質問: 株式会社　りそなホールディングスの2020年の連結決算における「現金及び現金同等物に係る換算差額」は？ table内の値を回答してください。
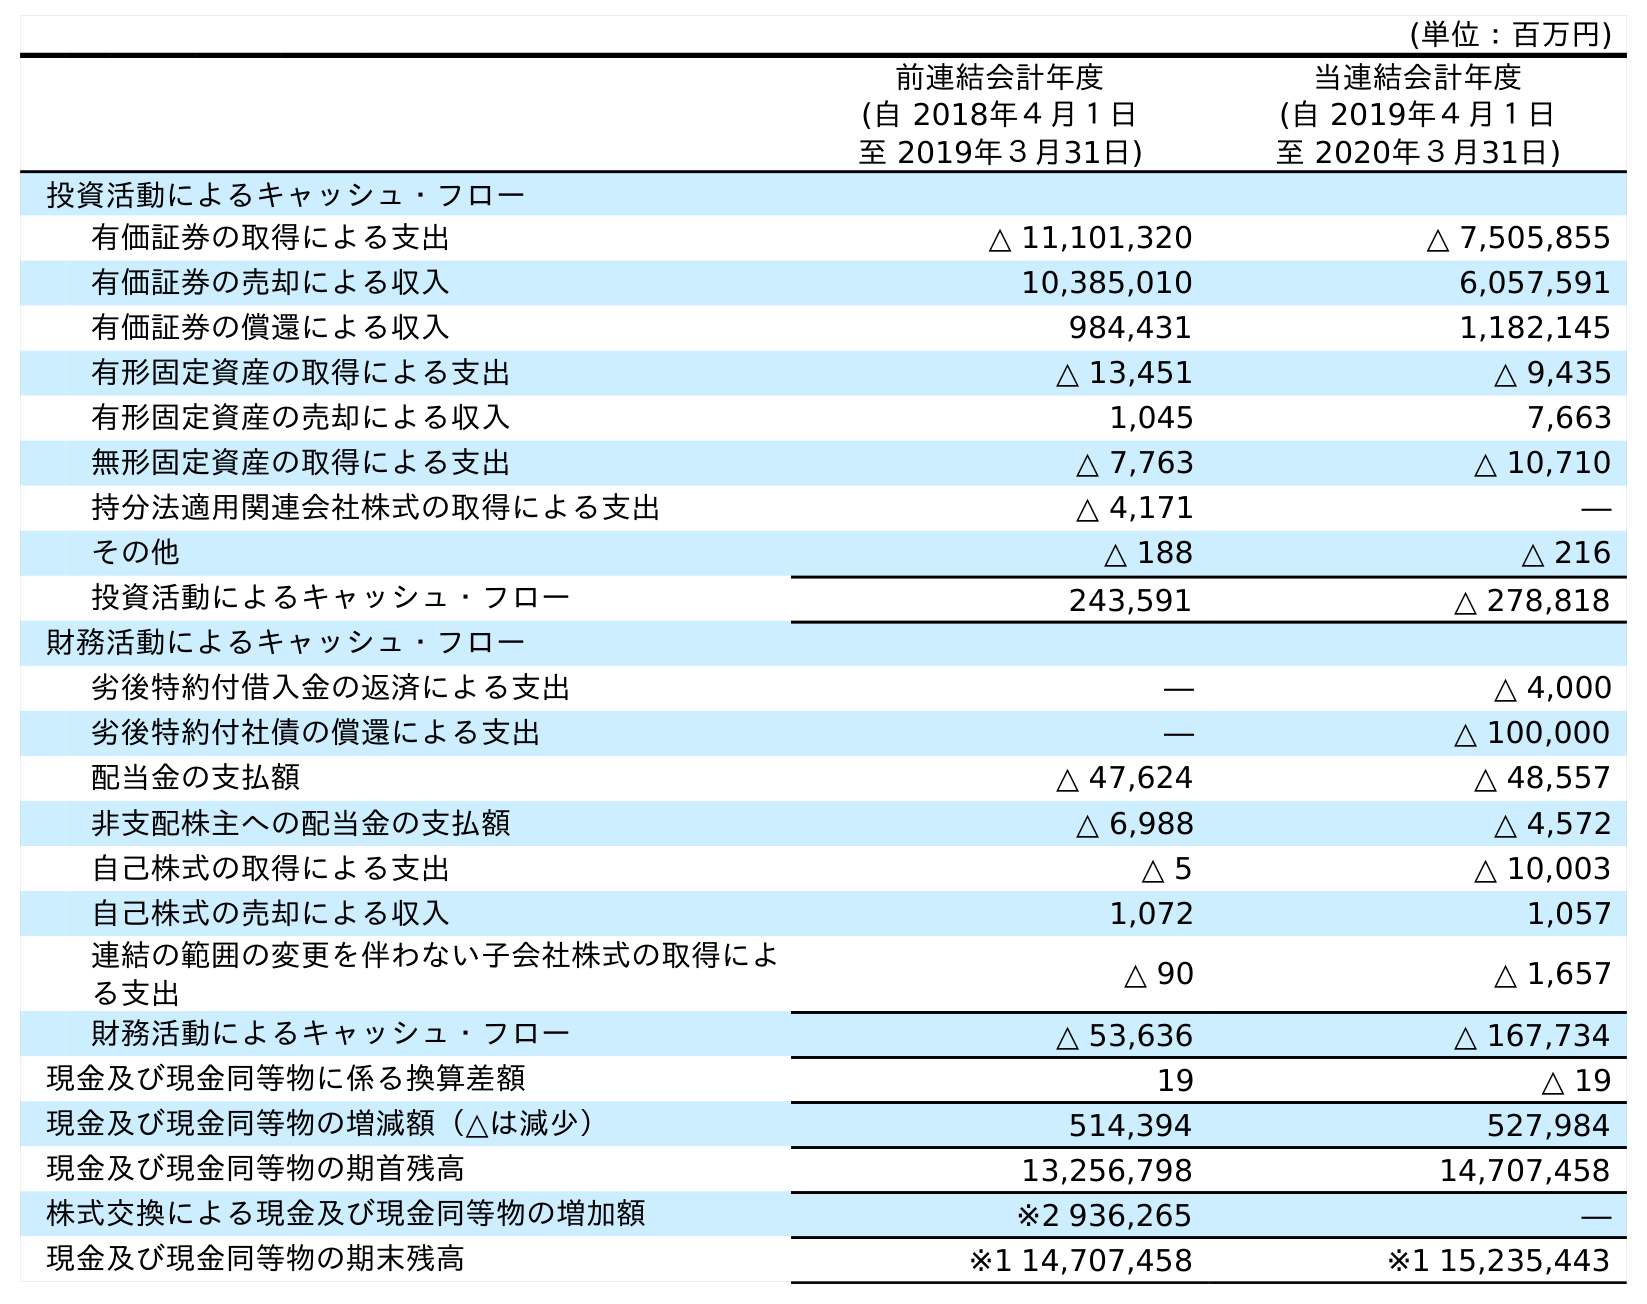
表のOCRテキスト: (単位：百万円) 前連結会計年度 (自 2018年４月１日 至 2019年３月31日) 当連結会計年度 (自 2019年４月１日 至 2020年３月31日) 投資活動によるキャッシュ・フロー 有価証券の取得による支出 △ 11,101,320 △ 7,505,855 有価証券の売却による収入 10,385,010 6,057,591 有価証券の償還による収入 984,431 1,182,145 有形固定資産の取得による支出 △ 13,451 △ 9,435 有形固定資産の売却による収入 1,045 7,663 無形固定資産の取得による支出 △ 7,763 △ 10,710 持分法適用関連会社株式の取得による支出 △ 4,171 ― その他 △ 188 △ 216 投資活動によるキャッシュ・フロー 243,591 △ 278,818 財務活動によるキャッシュ・フロー 劣後特約付借入金の返済による支出 ― △ 4,000 劣後特約付社債の償還による支出 ― △ 100,000 配当金の支払額 △ 47,624 △ 48,557 非支配株主への配当金の支払額 △ 6,988 △ 4,572 自己株式の取得による支出 △ 5 △ 10,003 自己株式の売却による収入 1,072 1,057 連結の範囲の変更を伴わない子会社株式の取得によ る支出 △ 90 △ 1,657 財務活動によるキャッシュ・フロー △ 53,636 △ 167,734 現金及び現金同等物に係る換算差額 19 △ 19 現金及び現金同等物の増減額（△は減少） 514,394 527,984 現金及び現金同等物の期首残高 13,256,798 14,707,458 株式交換による現金及び現金同等物の増加額 ※2 936,265 ― 現金及び現金同等物の期末残高 ※1 14,707,458 ※1 15,235,443
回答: △19